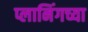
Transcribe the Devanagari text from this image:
प्लानिंगच्या